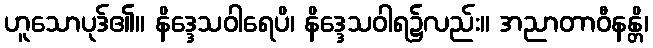
ဟူသောပုဒ်၏။ နိဒ္ဒေသဝါရေပိ၊ နိဒ္ဒေသဝါရ၌လည်း။ အညာတာဝီနန္တိ၊